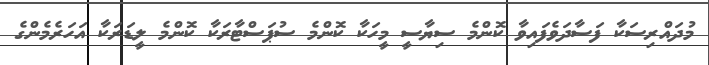
މުދައްރިސަކާ ފަސާދަވެފައިވާ ކޮންމެ ސިޔާސީ މީހަކާ ކޮންމެ ސުޕަސްޓާރަކާ ކޮންމެ ލީޑަރަކާ އަހަރެމެންގެ